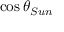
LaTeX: \cos \theta _ { S u n }